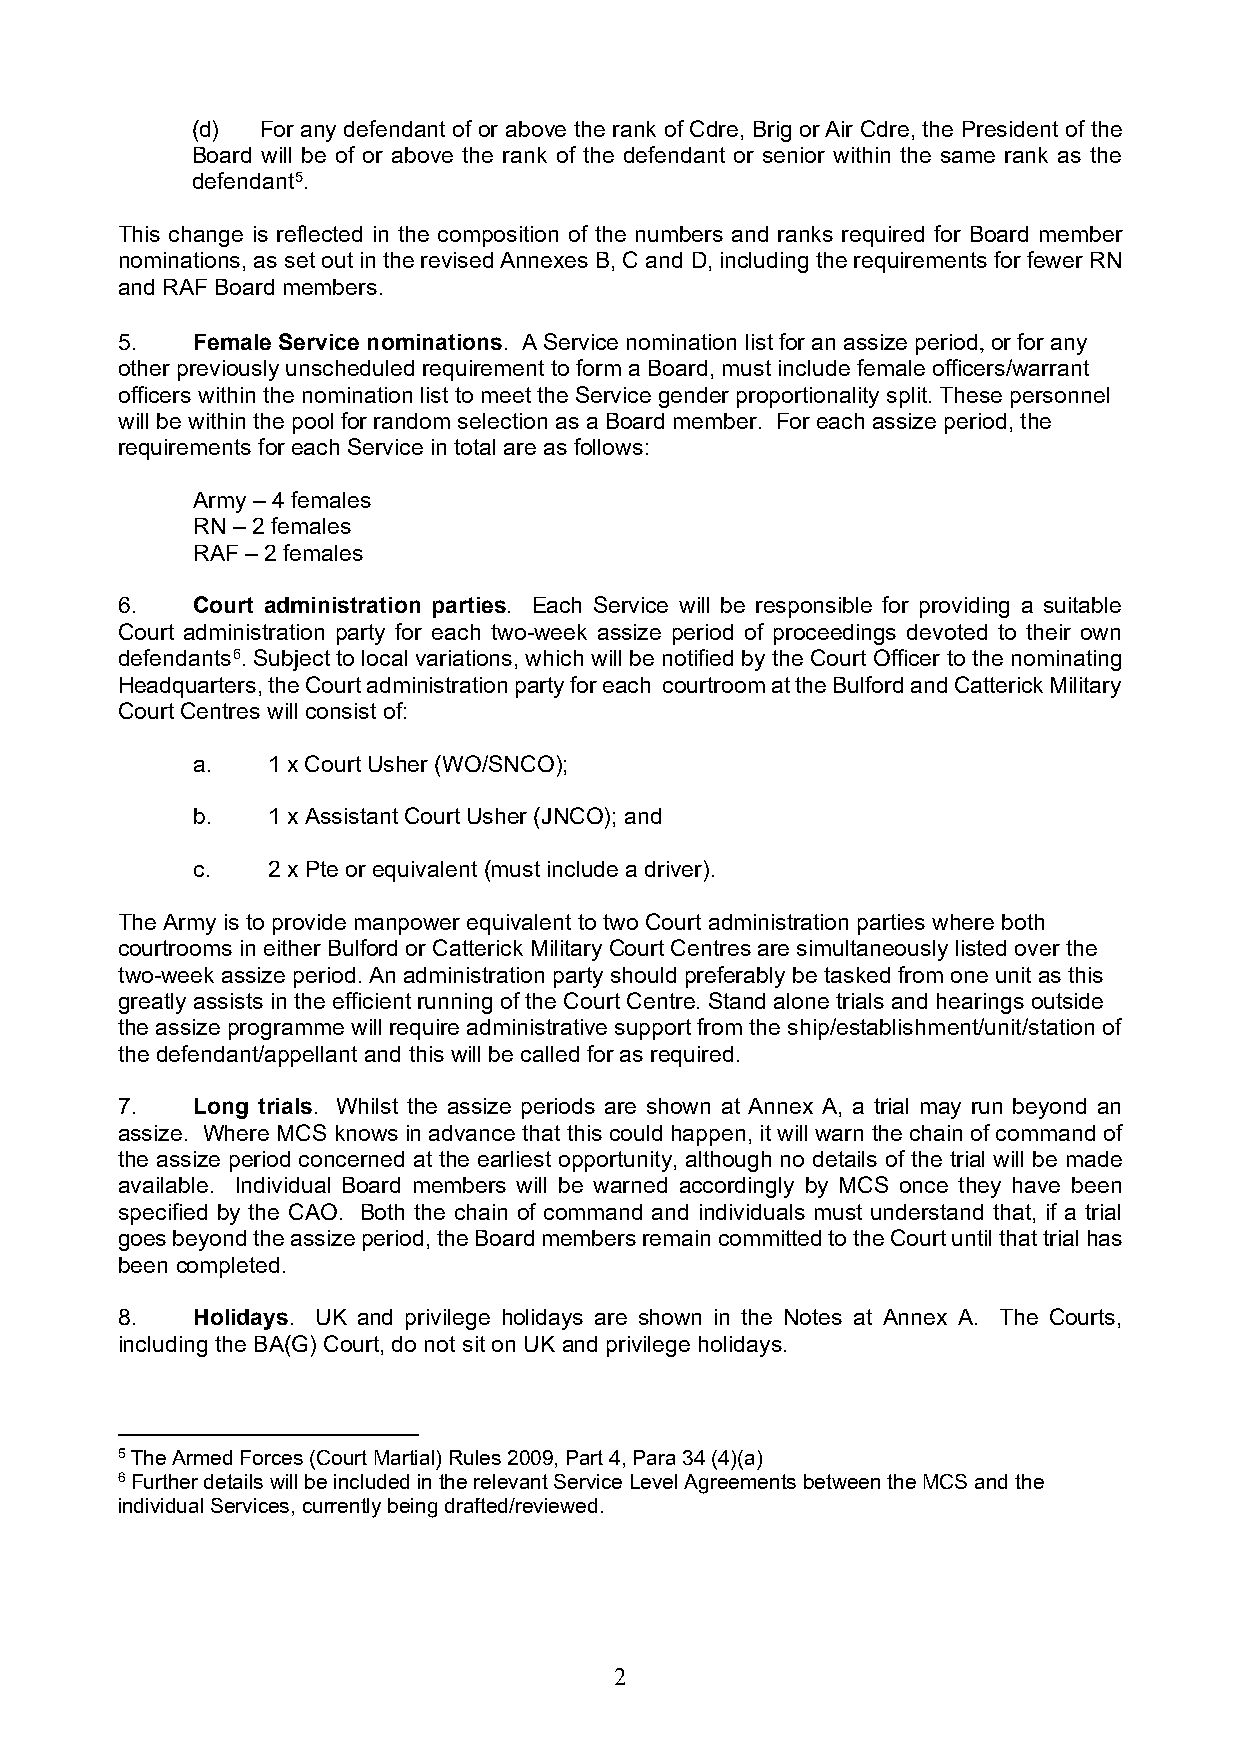
(d) For any defendant of or above the rank of Cdre, Brig or Air Cdre, the President of the
 Board will be of or above the rank of the defendant or senior within the same rank as the
 defendant5.
 This change is reflected in the composition of the numbers and ranks required for Board member
 nominations, as set out in the revised Annexes B, C and D, including the requirements for fewer RN
 and RAF Board members.
 5.   Female Service nominations. A Service nomination list for an assize period, or for any
 other previously unscheduled requirement to form a Board, must include female officers/warrant
 officers within the nomination list to meet the Service gender proportionality split. These personnel
 will be within the pool for random selection as a Board member. For each assize period, the
 requirements for each Service in total are as follows:
 Army – 4 females
 RN – 2 females
 RAF – 2 females
 6.   Court administration parties. Each Service will be responsible for providing a suitable
 Court administration party for each two-week assize period of proceedings devoted to their own
 defendants6. Subject to local variations, which will be notified by the Court Officer to the nominating
 Headquarters, the Court administration party for each courtroom at the Bulford and Catterick Military
 Court Centres will consist of:
 a.   1 x Court Usher (WO/SNCO);
 b.   1 x Assistant Court Usher (JNCO); and
 c.   2 x Pte or equivalent (must include a driver).
 The Army is to provide manpower equivalent to two Court administration parties where both
 courtrooms in either Bulford or Catterick Military Court Centres are simultaneously listed over the
 two-week assize period. An administration party should preferably be tasked from one unit as this
 greatly assists in the efficient running of the Court Centre. Stand alone trials and hearings outside
 the assize programme will require administrative support from the ship/establishment/unit/station of
 the defendant/appellant and this will be called for as required.
 7.   Long trials. Whilst the assize periods are shown at Annex A, a trial may run beyond an
 assize. Where MCS knows in advance that this could happen, it will warn the chain of command of
 the assize period concerned at the earliest opportunity, although no details of the trial will be made
 available. Individual Board members will be warned accordingly by MCS once they have been
 specified by the CAO. Both the chain of command and individuals must understand that, if a trial
 goes beyond the assize period, the Board members remain committed to the Court until that trial has
 been completed.
 8.   Holidays. UK and privilege holidays are shown in the Notes at Annex A. The Courts,
 including the BA(G) Court, do not sit on UK and privilege holidays.
 5 The Armed Forces (Court Martial) Rules 2009, Part 4, Para 34 (4)(a)
 6 Further details will be included in the relevant Service Level Agreements between the MCS and the
 individual Services, currently being drafted/reviewed.
 2